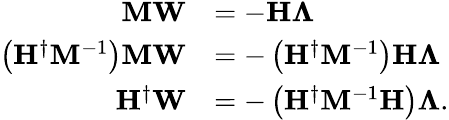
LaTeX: \begin{array}{rl}{\mathbf{M}\mathbf{W}}&{=-\mathbf{H}\mathbf{\Lambda}}\\ {\left(\mathbf{H}^{\dagger}\mathbf{M}^{-1}\right)\mathbf{M}\mathbf{W}}&{=-\left(\mathbf{H}^{\dagger}\mathbf{M}^{-1}\right)\mathbf{H}\mathbf{\Lambda}}\\ {\mathbf{H}^{\dagger}\mathbf{W}}&{=-\left(\mathbf{H}^{\dagger}\mathbf{M}^{-1}\mathbf{H}\right)\mathbf{\Lambda}.}\end{array}